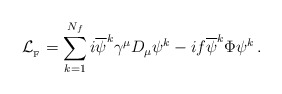
\begin{align*}{\cal L}_{_{{\rm F}}} = \sum_{k=1}^{N_{f}} i {\overline \psi}^{k}\gamma^{\mu}D_{\mu}\psi^{k}-if{\overline \psi}^{k}\Phi\psi^{k} \, .\end{align*}